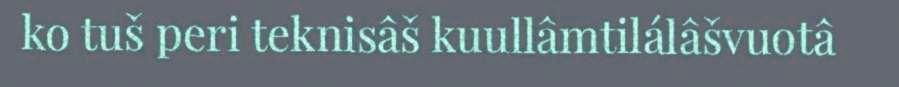
ko tuš peri teknisâš kuullâmtilálâšvuotâ